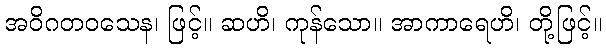
အဝိဂတဝသေန၊ ဖြင့်။ ဆဟိ၊ ကုန်သော။ အာကာရေဟိ၊ တို့ဖြင့်။